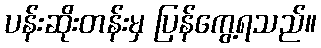
ပန်းဆိုးတန်းမှ ပြန်ကွေ့ရသည်။